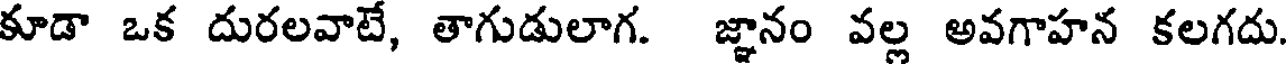
కూడా ఒక దురలవాటే, తాగుడులాగ. జ్ఞానం వల్ల అవగాహన కలగదు.